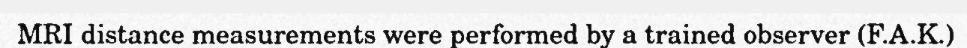
MRI distance measurements were performed by a trained observer (F.A.K.)